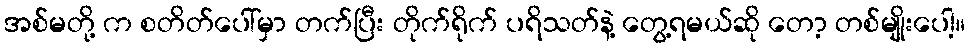
အစ်မတို့ က စတိတ်ပေါ်မှာ တက်ပြီး တိုက်ရိုက် ပရိသတ်နဲ့ တွေ့ရမယ်ဆို တော့ တစ်မျိုးပေါ့။